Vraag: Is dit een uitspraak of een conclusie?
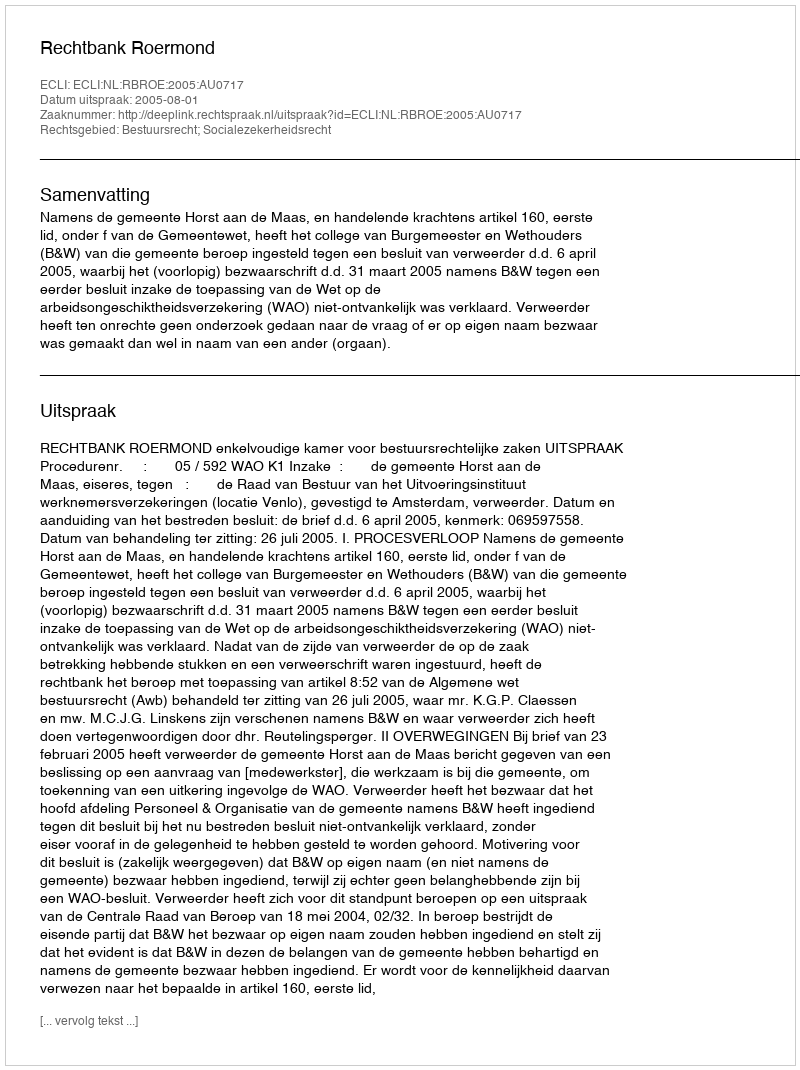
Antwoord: Uitspraak